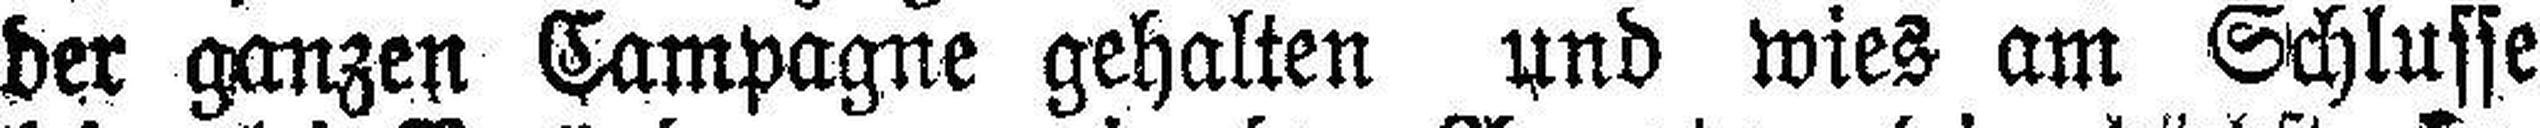
der ganzen Campagne gehalten und wies am Schlusse